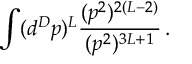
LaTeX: \int ( d ^ { D } p ) ^ { L } { \frac { ( p ^ { 2 } ) ^ { 2 ( L - 2 ) } } { ( p ^ { 2 } ) ^ { 3 L + 1 } } } \, .